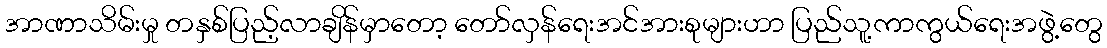
အာဏာသိမ်းမှု တနှစ်ပြည့်လာချိန်မှာတော့ တော်လှန်ရေးအင်အားစုများဟာ ပြည်သူ့ကာကွယ်ရေးအဖွဲ့တွေ